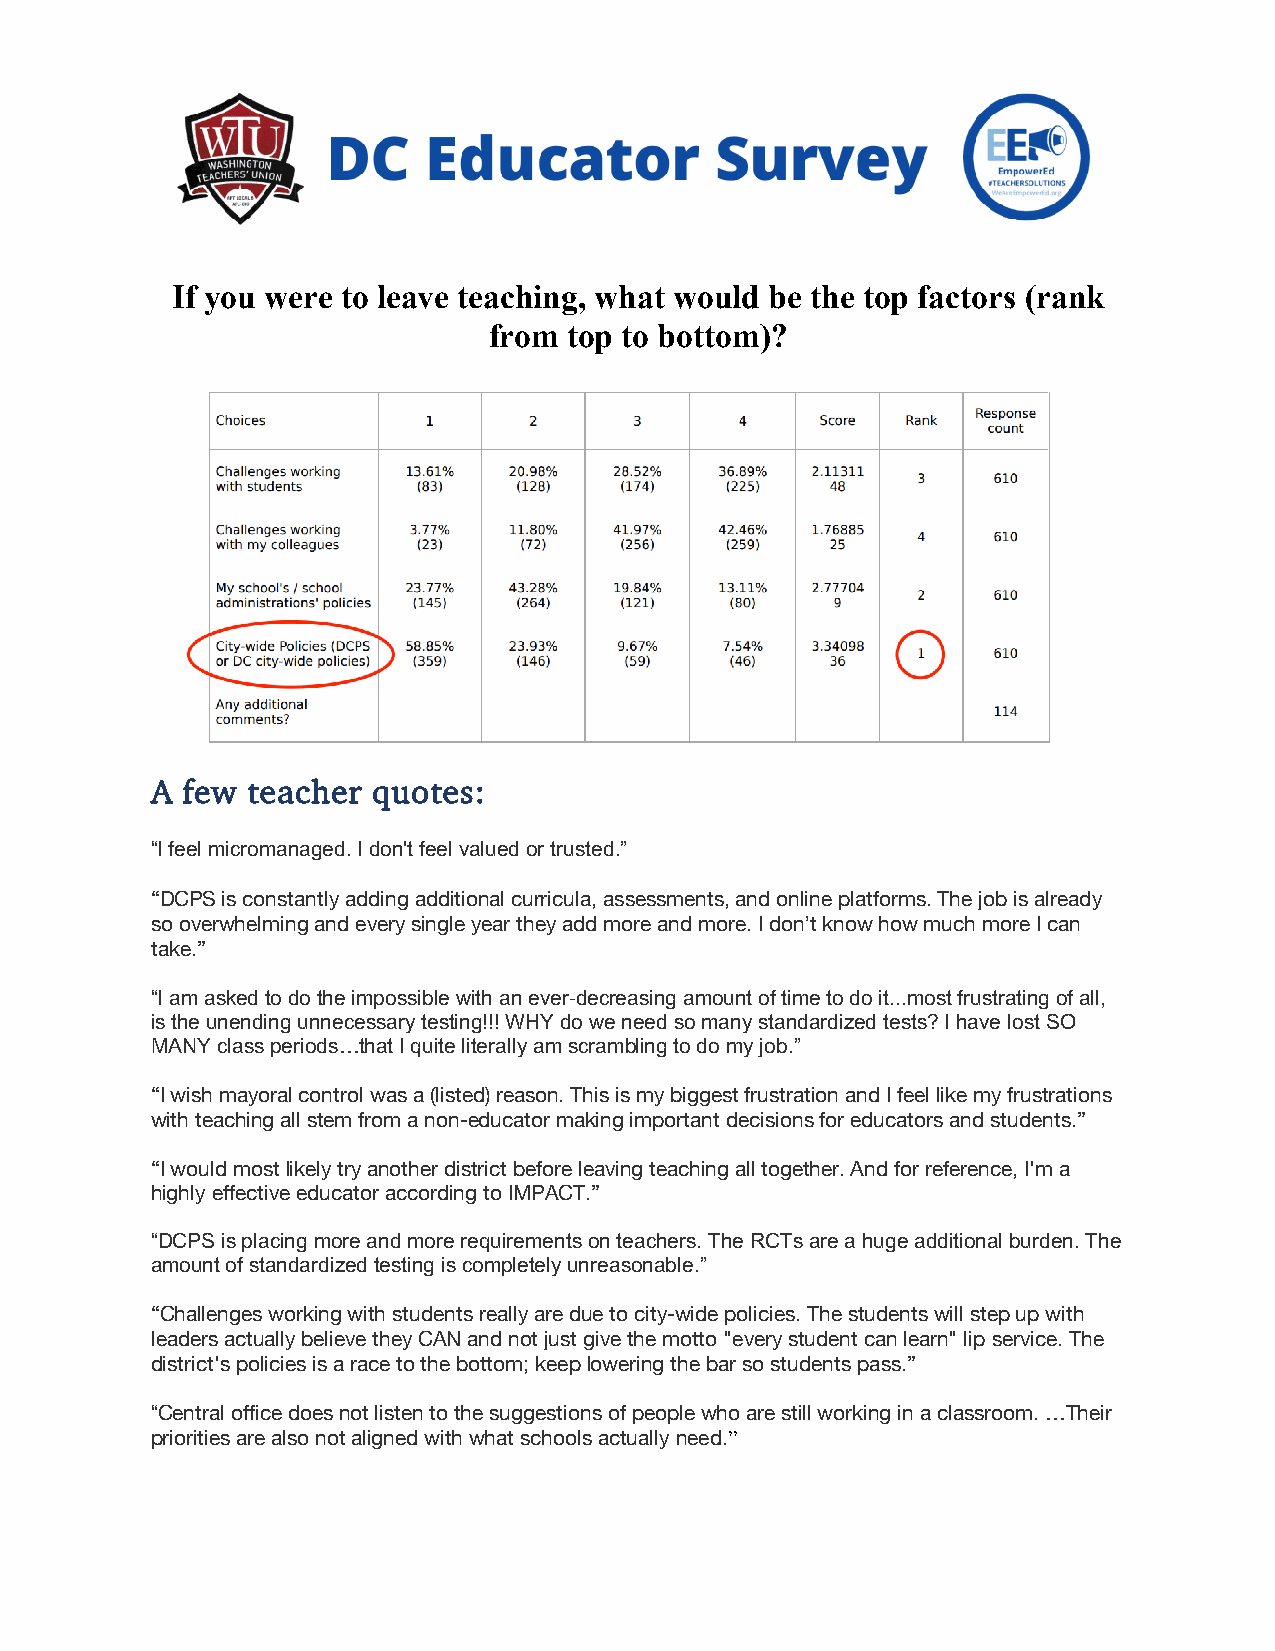
If you were to leave teaching, what would be the top factors (rank
 from  top to bottom)?
 A few teacher  quotes:
 “I feel micromanaged. I don't feel valued or trusted.”
 “DCPS is constantly adding additional curricula, assessments, and online platforms. The job is already
 so overwhelming and every single year they add more and more. I don’t know how much more I can
 take.”
 “I am asked to do the impossible with an ever-decreasing amount of time to do it...most frustrating of all,
 is the unending unnecessary testing!!! WHY do we need so many standardized tests? I have lost SO
 MANY class periods…that I quite literally am scrambling to do my job.”
 “I wish mayoral control was a (listed) reason. This is my biggest frustration and I feel like my frustrations
 with teaching all stem from a non-educator making important decisions for educators and students.”
 “I would most likely try another district before leaving teaching all together. And for reference, I'm a
 highly effective educator according to IMPACT.”
 “DCPS is placing more and more requirements on teachers. The RCTs are a huge additional burden. The
 amount of standardized testing is completely unreasonable.”
 “Challenges working with students really are due to city-wide policies. The students will step up with
 leaders actually believe they CAN and not just give the motto "every student can learn" lip service. The
 district's policies is a race to the bottom; keep lowering the bar so students pass.”
 “Central office does not listen to the suggestions of people who are still working in a classroom. …Their
 priorities are also not aligned with what schools actually need.”